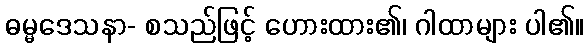
ဓမ္မဒေသနာ- စသည်ဖြင့် ဟေားထား၏၊ ဂါထာများ ပါ၏။